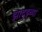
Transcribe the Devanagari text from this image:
झाद्झ्च्या